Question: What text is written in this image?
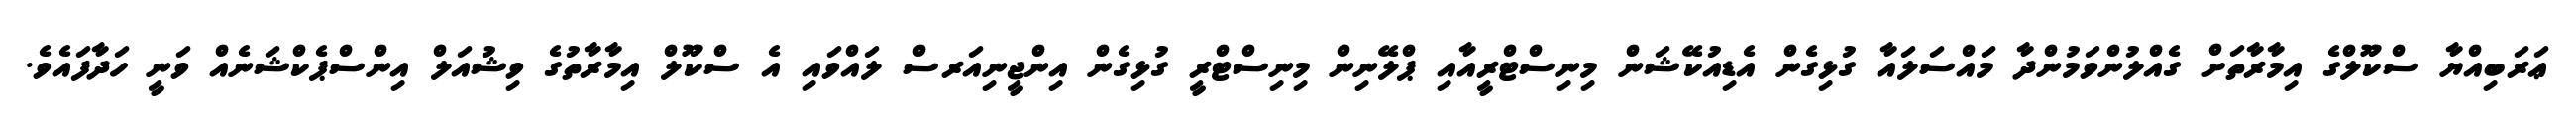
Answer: ޢަރަބިއްޔާ ސްކޫލްގެ އިމާރާތަށް ގެއްލުންވަމުންދާ މައްސަލައާ ގުޅިގެން އެޑިއުކޭޝަން މިނިސްޓްރީއާއި ޕްލޭނިން މިނިސްޓްރީ ގުޅިގެން އިންޖީނިއަރސް ލައްވައި އެ ސްކޫލް އިމާރާތުގެ ވިޝުއަލް އިންސްޕެކްޝަނެއް ވަނީ ހަދާފައެވެ.